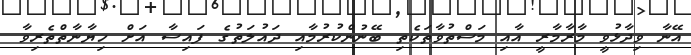
އޭނާ ވިދާޅުވީ މާރާމާރީ އާއި މަސްތުވާތަކެތި ބޭނުންކުރުމާއި ދައުލަތުގެ ފައިސާ އަށް ހިޔާނާތްތެރިވާ